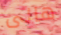
هالى